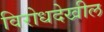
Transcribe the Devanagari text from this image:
विरोधदेखील